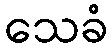
သေခံ